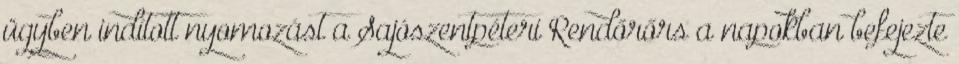
ügyben indított nyomozást a Sajószentpéteri Rendőrőrs a napokban befejezte